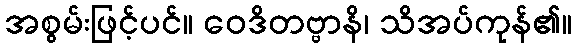
အစွမ်းဖြင့်ပင်။ ဝေဒိတဗ္ဗာနိ၊ သိအပ်ကုန်၏။